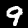
Digit: 9